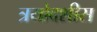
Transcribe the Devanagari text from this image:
त्रयोदशीस